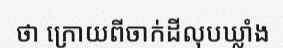
ថា ក្រោយពីចាក់ដីលុបឃ្លាំង